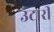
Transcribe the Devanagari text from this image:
उंटारी